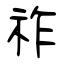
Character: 祚